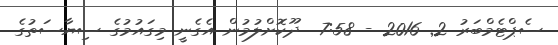
ސެޕްޓެމްބަރު 2